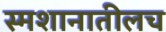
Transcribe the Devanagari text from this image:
स्मशानातीलच